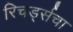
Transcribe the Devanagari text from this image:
रिचर्ड्सचा